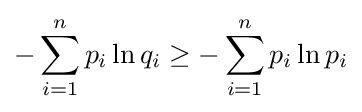
-\sum _{i=1}^{n}p_{i}\ln q_{i}\geq -\sum _{i=1}^{n}p_{i}\ln p_{i}